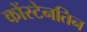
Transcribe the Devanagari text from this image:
कोंस्टेनतिन